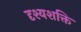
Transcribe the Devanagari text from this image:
दृश्यशक्ति